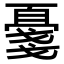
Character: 𪭔